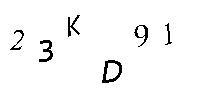
23KD91